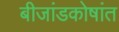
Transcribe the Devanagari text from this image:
बीजांडकोषांत